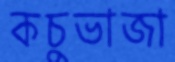
কচুভাজা